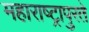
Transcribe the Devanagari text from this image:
महाराष्ट्रापुरते